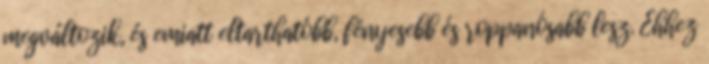
megváltozik, és emiatt eltarthatóbb, fényesebb és roppanósabb lesz. Ehhez